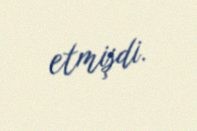
etmişdi.